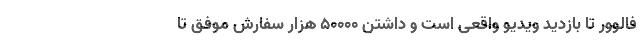
فالوور تا بازدید ویدیو واقعی است و داشتن 50000 هزار سفارش موفق تا